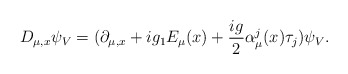
\begin{align*} D_{\mu,x}\psi_{V} =(\partial_{\mu,x} +ig_{1}E_{\mu}(x)+\frac{ig}{2}\alpha^{j}_{\mu}(x)\tau_{j})\psi_{V}.\end{align*}